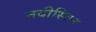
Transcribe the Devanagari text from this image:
नदीस्थित